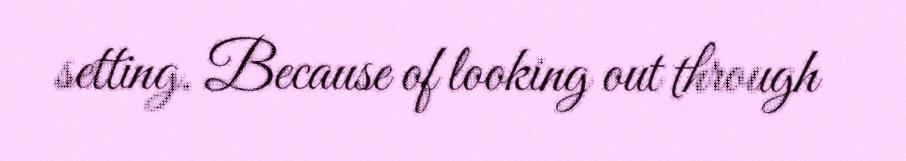
setting. Because of looking out through